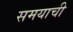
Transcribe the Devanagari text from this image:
समयाची